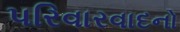
પરિવારવાદનો